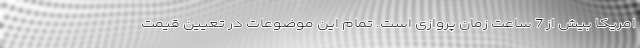
امریکا بیش از 7 ساعت زمان پروازی است. تمام این موضوعات در تعیین قیمت